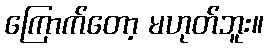
ကြောက်တော့ မဟုတ်ဘူး။